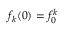
f _ { k } ( 0 ) = f _ { 0 } ^ { k }